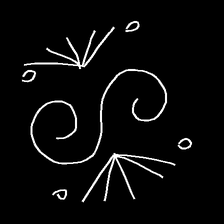
Glyph: aeroform